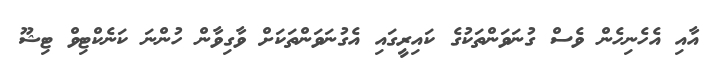
އާއި އެހެނިހެން ވެސް ގުނަވަންތަކުގެ ކައިރީގައި އެގުނަވަންތަކަށް ވާގިވާން ހުންނަ ކަނެކްޓިވް ޓިޝޫ